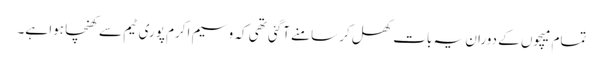
تمام میچوں کے دوران یہ بات کھل کر سامنے آگئی تھی کہ وسیم اکرم پوری ٹیم سے کھنچا ہوا ہے۔